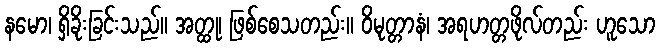
နမော၊ ရှိခိုးခြင်းသည်။ အတ္ထု၊ ဖြစ်စေသတည်း။ ဝိမုတ္တာနံ၊ အရဟတ္တဖိုလ်တည်း ဟူသော